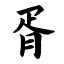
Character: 胥